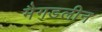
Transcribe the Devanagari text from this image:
मैगडलीन